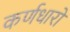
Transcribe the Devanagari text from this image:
कर्णधारो